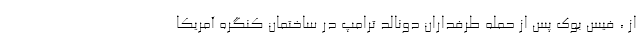
از ، فیس بوک پس از حمله طرفداران دونالد ترامپ در ساختمان کنگره آمریکا